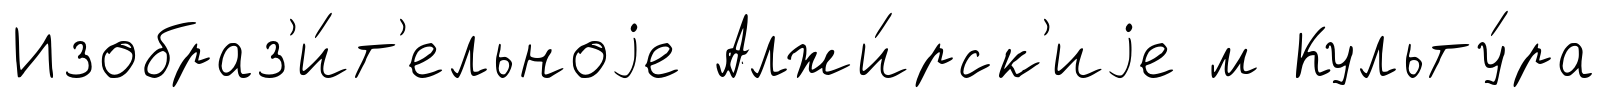
Изобраз'и́т'ельноjе Алжи́рск'иjе м Культу́ра